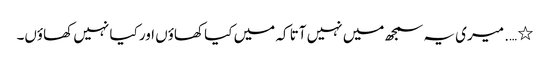
٭ …. میری یہ سمجھ میں نہیں آتا کہ میں کیا کھاؤں اور کیا نہیں کھاؤں۔